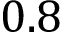
0 . 8